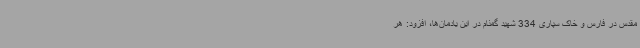
مقدس در فارس و خاک سپاری 334 شهید گمنام در این یادمان‌ها، افزود: هر